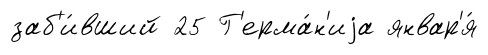
заб'и́вший 25 Г'ерма́н'иjа январ'я́